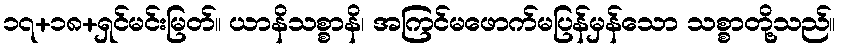
၁၇+၁၈+ရှင်မင်းမြတ်။ ယာနိသစ္စာနိ၊ အကြင်မဖောက်မပြန်မှန်သော သစ္စာတို့သည်။